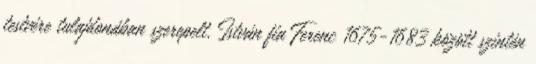
testvére tulajdonában szerepelt. István fia Ferenc 1675-1683 között szintén